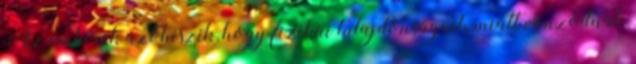
Az emberek azt hiszik, hogy fizikai tulajdonságaik miatt vonzódnak